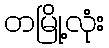
တမြို့လုံး